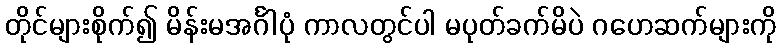
တိုင်များစိုက်၍ မိန်းမအင်္ဂါပုံ ကာလတွင်ပါ မပုတ်ခက်မိပဲ ဂဟေဆက်များကို